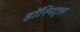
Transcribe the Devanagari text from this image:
हॉस्पिट्ल